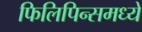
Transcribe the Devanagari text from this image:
फिलिपिन्समध्ये